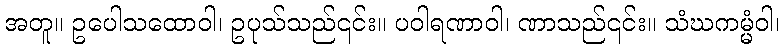
အတူ။ ဥပေါသထောဝါ၊ ဥပုသ်သည်၎င်း။ ပဝါရဏာဝါ၊ ဏာသည်၎င်း။ သံဃကမ္မံဝါ၊